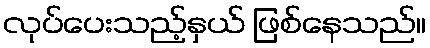
လုပ်ပေးသည့်နှယ် ဖြစ်နေသည်။